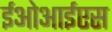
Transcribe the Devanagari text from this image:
ईओआईएस